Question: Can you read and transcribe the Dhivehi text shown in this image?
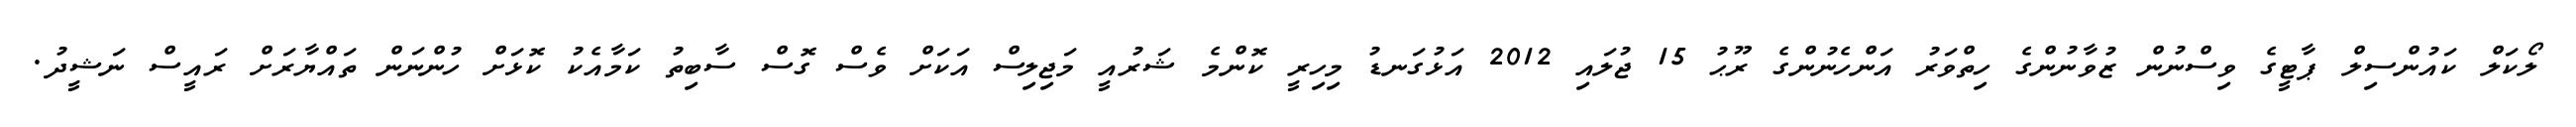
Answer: ލޯކަލް ކައުންސިލް ޕާޓީގެ ވިސްނުން ޒުވާނުންގެ ހިތްވަރު އަންހެނުންގެ ރޫޙު 15 ޖުލައި 2012 އަޅުގަނޑު މިހިރީ ކޮންމެ ޝަރުއީ މަޖިލިސް އަކަށް ވެސް ގޮސް ސާބިތު ކަމާއެކު ކޮޅަށް ހުންނަން ތައްޔާރަށް ރައީސް ނަޝީދު.